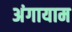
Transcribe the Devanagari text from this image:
अंगायाम